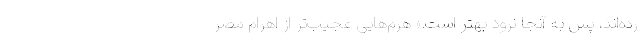
رده‌اند، پس به آنجا نرود بهتر است.» هرم‌هایی عجیب‌تر از اهرام مصر